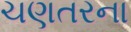
ચણતરના